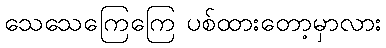
သေသေကြေကြေ ပစ်ထားတော့မှာလား